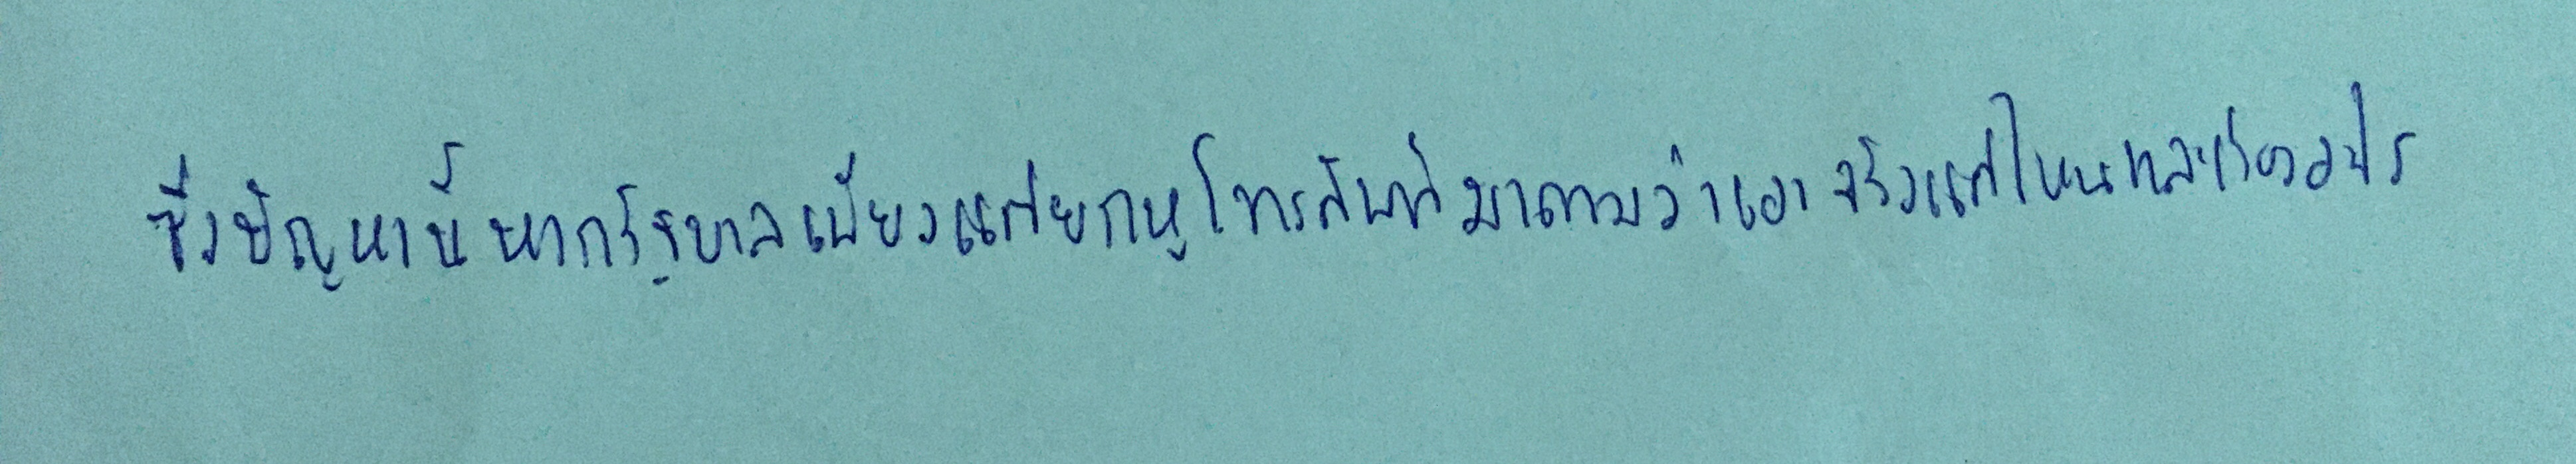
ซึ่งปัญหานี้หากรัฐบาลเพียงแต่ยกหูโทรศัพท์มาถามว่าเอาจริงแค่ไหนและเรื่องอะไร